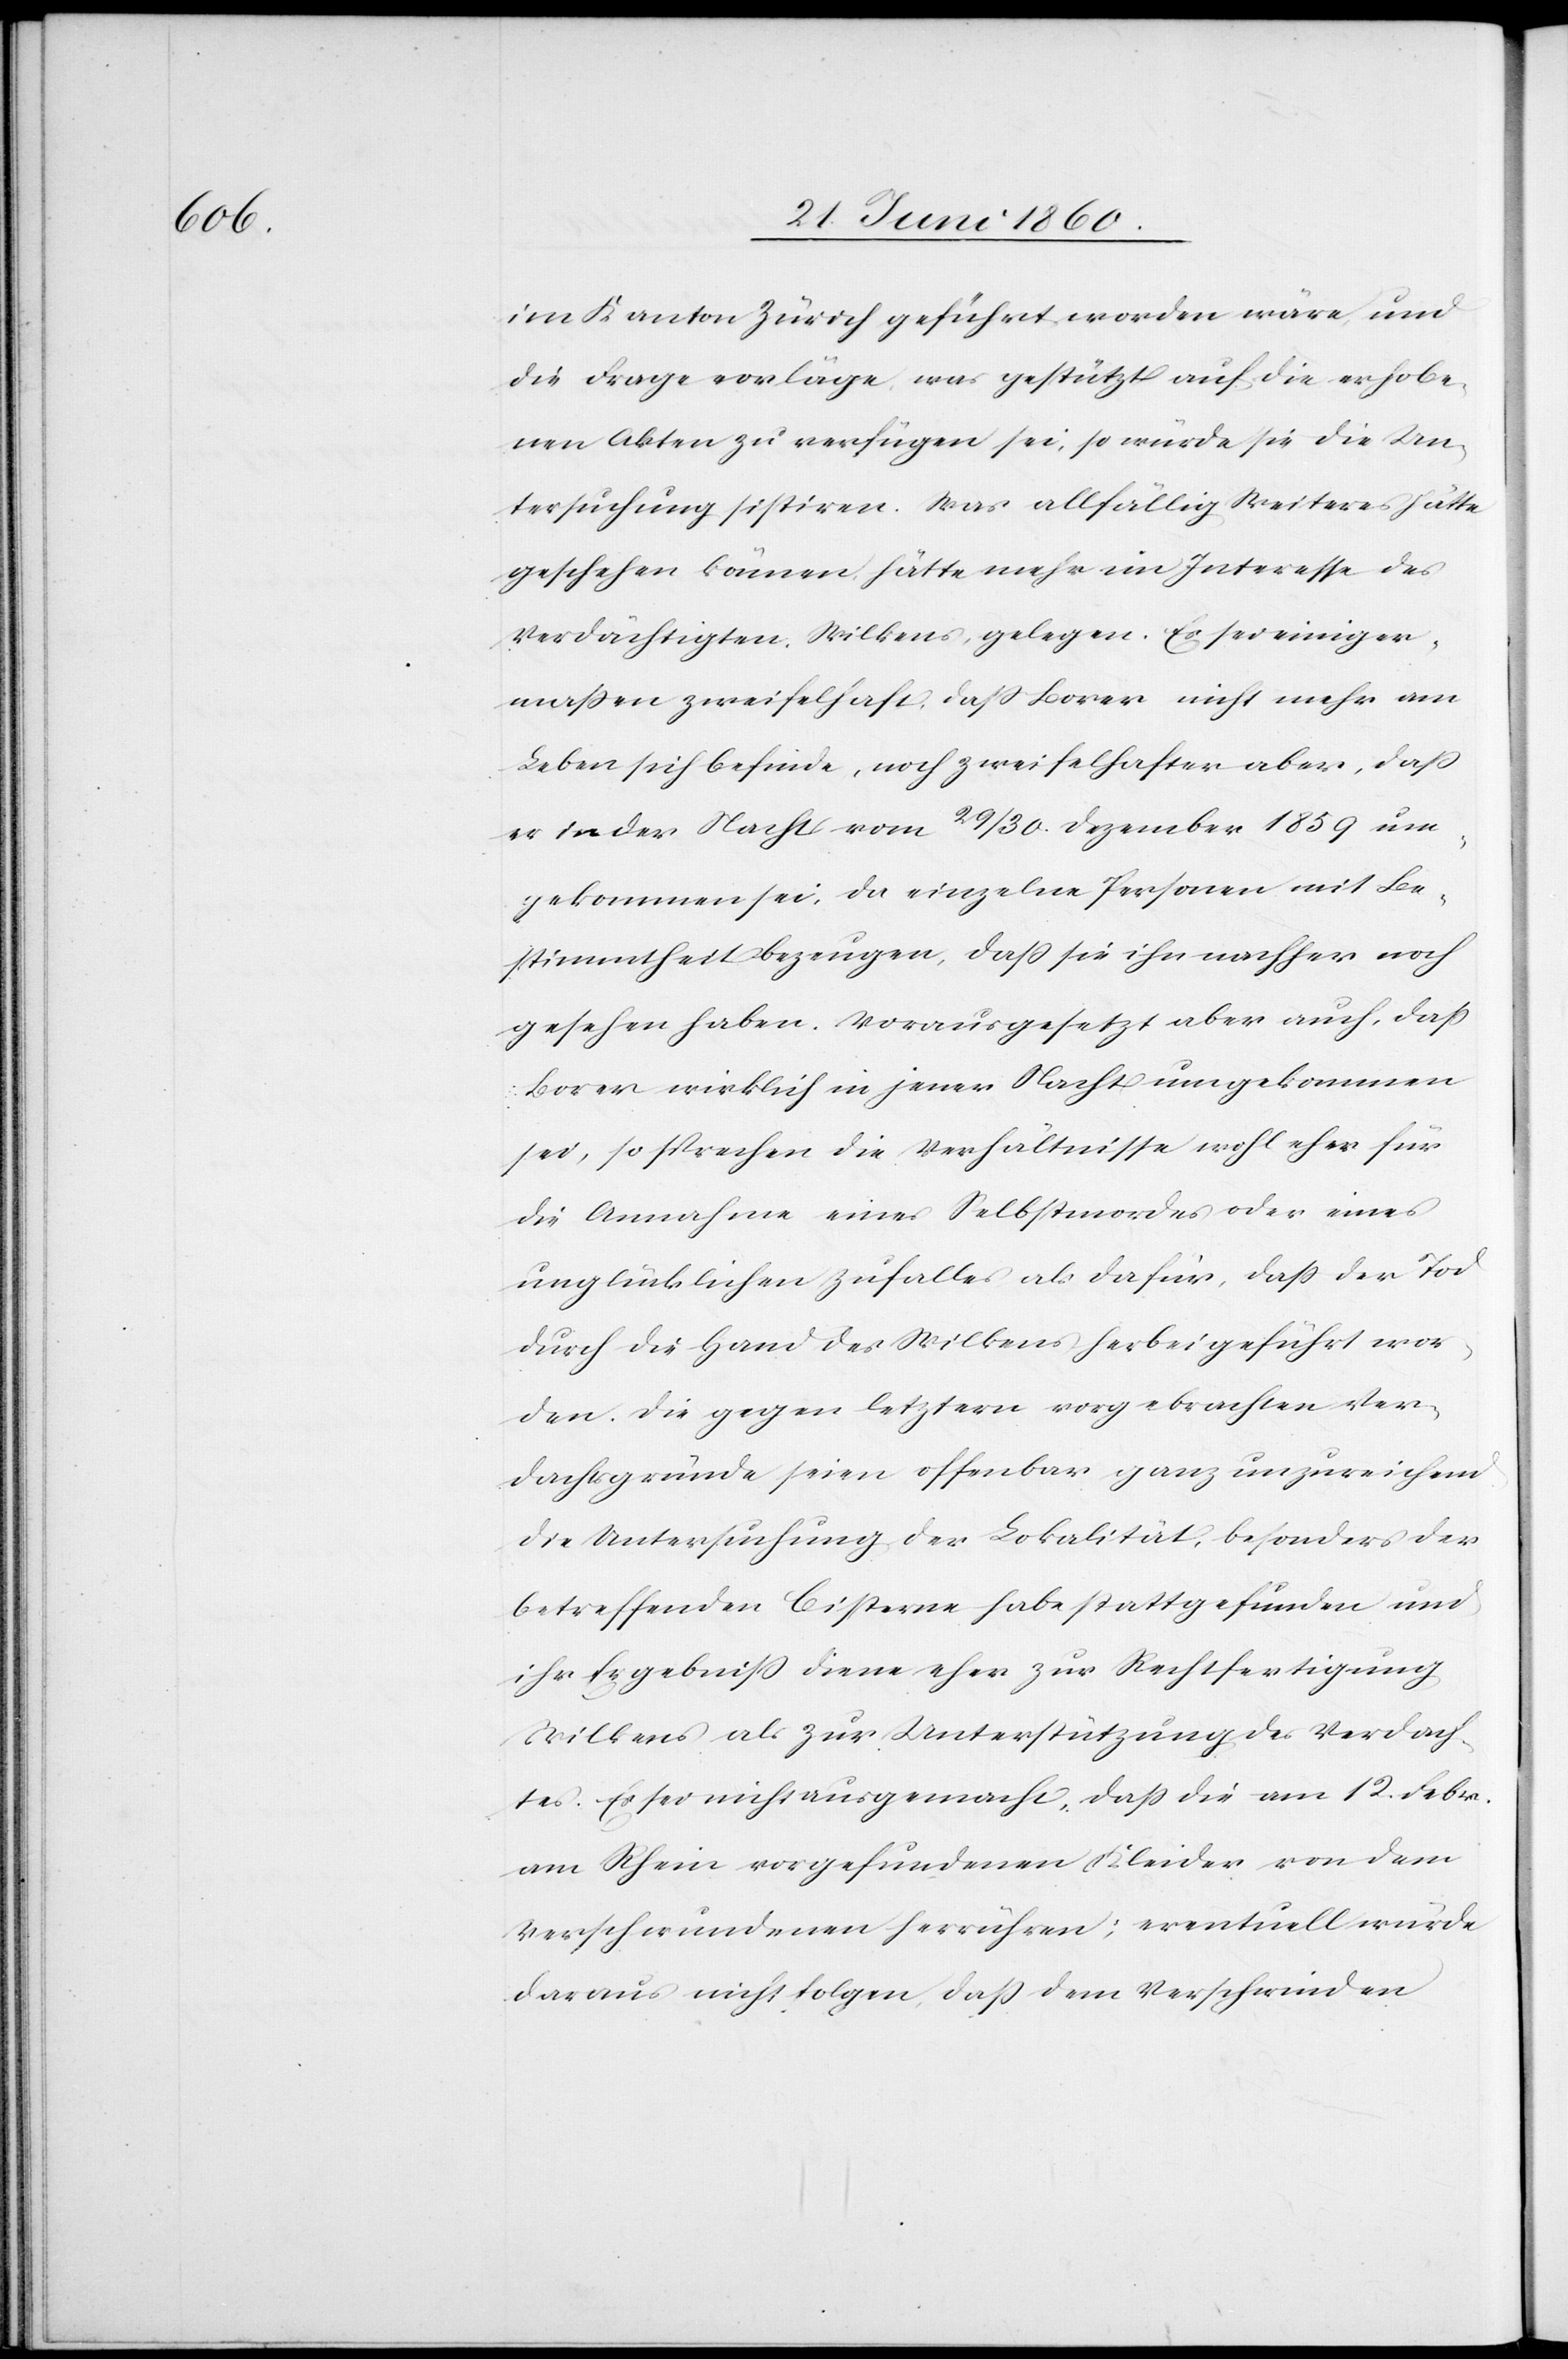
im Kanton Zürich geführt worden wäre, und
die Frage vorläge, was gestützt auf die erhobe¬
nen Akten zu verfügen sei, so würde sie die Un¬
tersuchung sistiren. Was allfällig Weiters hätte
geschehen könne, hätte mehr im Interesse des
Verdächtigten, Wilkens, gelegen. Es sei einiger¬
massen zweifelhaft, dass Borer nicht mehr am
Leben sich befinde, noch zweifelhafter aber, dass
er in der Nacht vom 23/30. Dezember 1859 um¬
gekommen sei, da einzelne Personen mit Be¬
stimmtheit bezeugen, dass sie ihn nachher noch
gesehen haben. Vorausgesetzt aber auch, dass
Borer wirklich in jener Nacht umgekommen
sei, so sprechen die Verhältnisse wohl eher für
die Annahme eines Selbstmorde oder eines
unglücklichen Zufalls als dafür, dass der Tod
durch die Hand des Wilkens herbeigeführt wor¬
den. Die gegen letztern vorgebrachten Ver¬
dachtsgründe seien offenbar ganz unzureichend.
Die Untersuchung der Lokalität, besonders der
betreffenden Cisterne habe stattgefunden und
ihr Ergebniss diene eher zur Rechtfertigung
Wilkens als zur Unterstützung des Verdach¬
tes. Es sei nicht ausgemacht, dass die am 12. Februar
am Rhein vorgefundenen Kleider von dem
Verschwundenen herrühren; eventuell wurde
daraus nicht folgen, dass dem Verschwinden